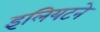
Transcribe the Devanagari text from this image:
इलियटने